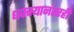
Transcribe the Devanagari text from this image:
धक्क्यानंतरही